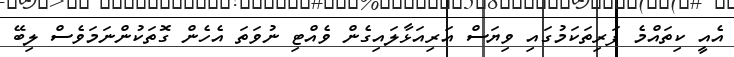
އެއީ ކިތައްމެ ފަރިތަކަމުގައި ވިޔަސް އަރިއަޅާލައިގެން ވެއްޓި ނުވަތަ އެހެން ގޮތަކުންނަމަވެސް ލިބޭ